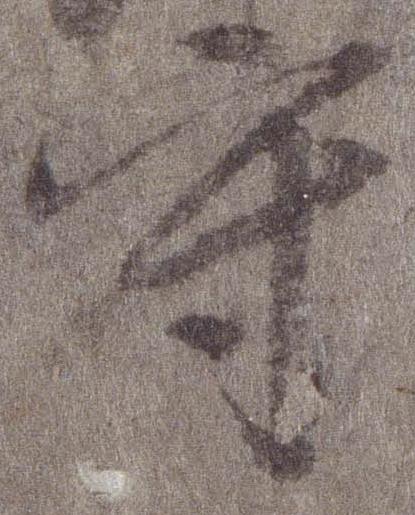
守